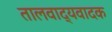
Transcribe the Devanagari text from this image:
तालवाद्यवादक